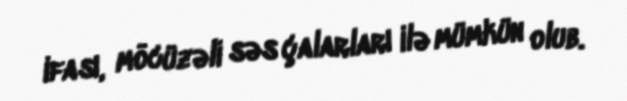
ifası, möcüzəli səs çalarları ilə mümkün olub.